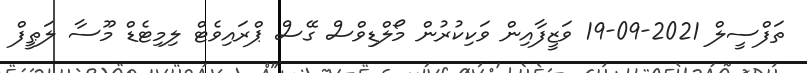
ތަފްސީލް 2021-09-19 ވަޒީފާއިން ވަކިކުރުން މޯލްޑިވްސް ގޭސް ޕްރައިވެޓް ލިމިޓެޑް މޫސާ ލަޠީފް